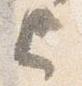
上